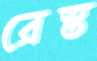
রেস্ত